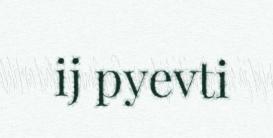
ij pyevti